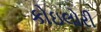
કોઇલોરી